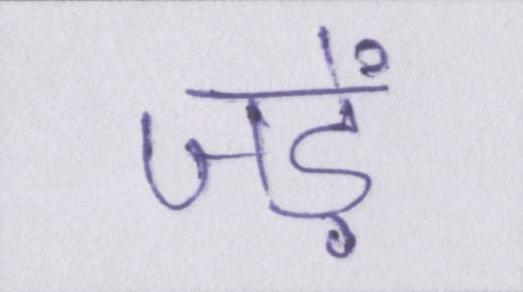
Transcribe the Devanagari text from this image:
जड़ें